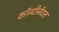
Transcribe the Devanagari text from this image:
कॉन्टीनेंटल